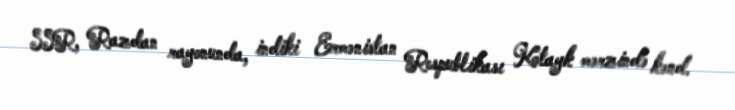
SSR, Razdan rayonunda, indiki Ermənistan Respublikası Kotayk mərzində kənd.